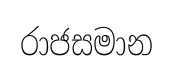
රාජසමාන